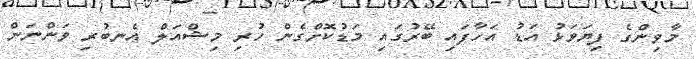
މާވިންގެ ފިޔަވަޅު އަޑު އަހާފައި ބޭރުގައި މަޑުކޮށްގެން ހުރި މިޝްއަލް އެނބުރި ވަންނަން